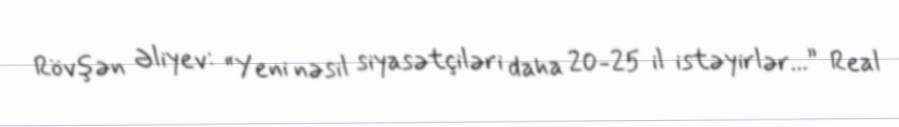
Rövşən Əliyev: “Yeni nəsil siyasətçiləri daha 20-25 il istəyirlər...” Real